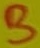
Text: B